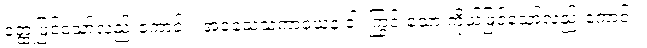
ဝတ္ထုဖြင့်သော်လည်းကောင်း။ အဝသေသကာယေန ဝါ၊ ကြွင်းသော ကိုယ်ဖြင့်သော်လည်းကောင်း။